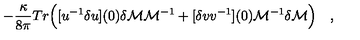
\qquad - { \frac { \kappa } { 8 \pi } } T r \Bigl ( [ u ^ { - 1 } \delta u ] ( 0 ) \delta { \cal M } { \cal M } ^ { - 1 } + [ \delta v v ^ { - 1 } ] ( 0 ) { \cal M } ^ { - 1 } \delta { \cal M } \Bigr ) \quad ,